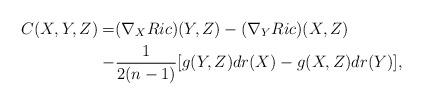
LaTeX: \begin{align*}C(X,Y,Z)=&(\nabla_XRic)(Y,Z)-(\nabla_YRic)(X,Z)\\ -&\frac{1}{2(n-1)}[g(Y,Z)dr(X)-g(X,Z)dr(Y)],\end{align*}